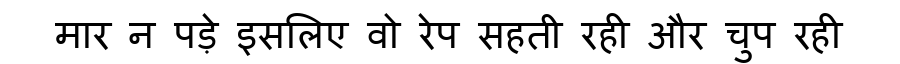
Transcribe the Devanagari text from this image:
मार न पड़े इसलिए वो रेप सहती रही और चुप रही